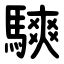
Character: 騻